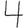
Digit: 4